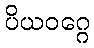
ပိယဝဂ္ဂေ